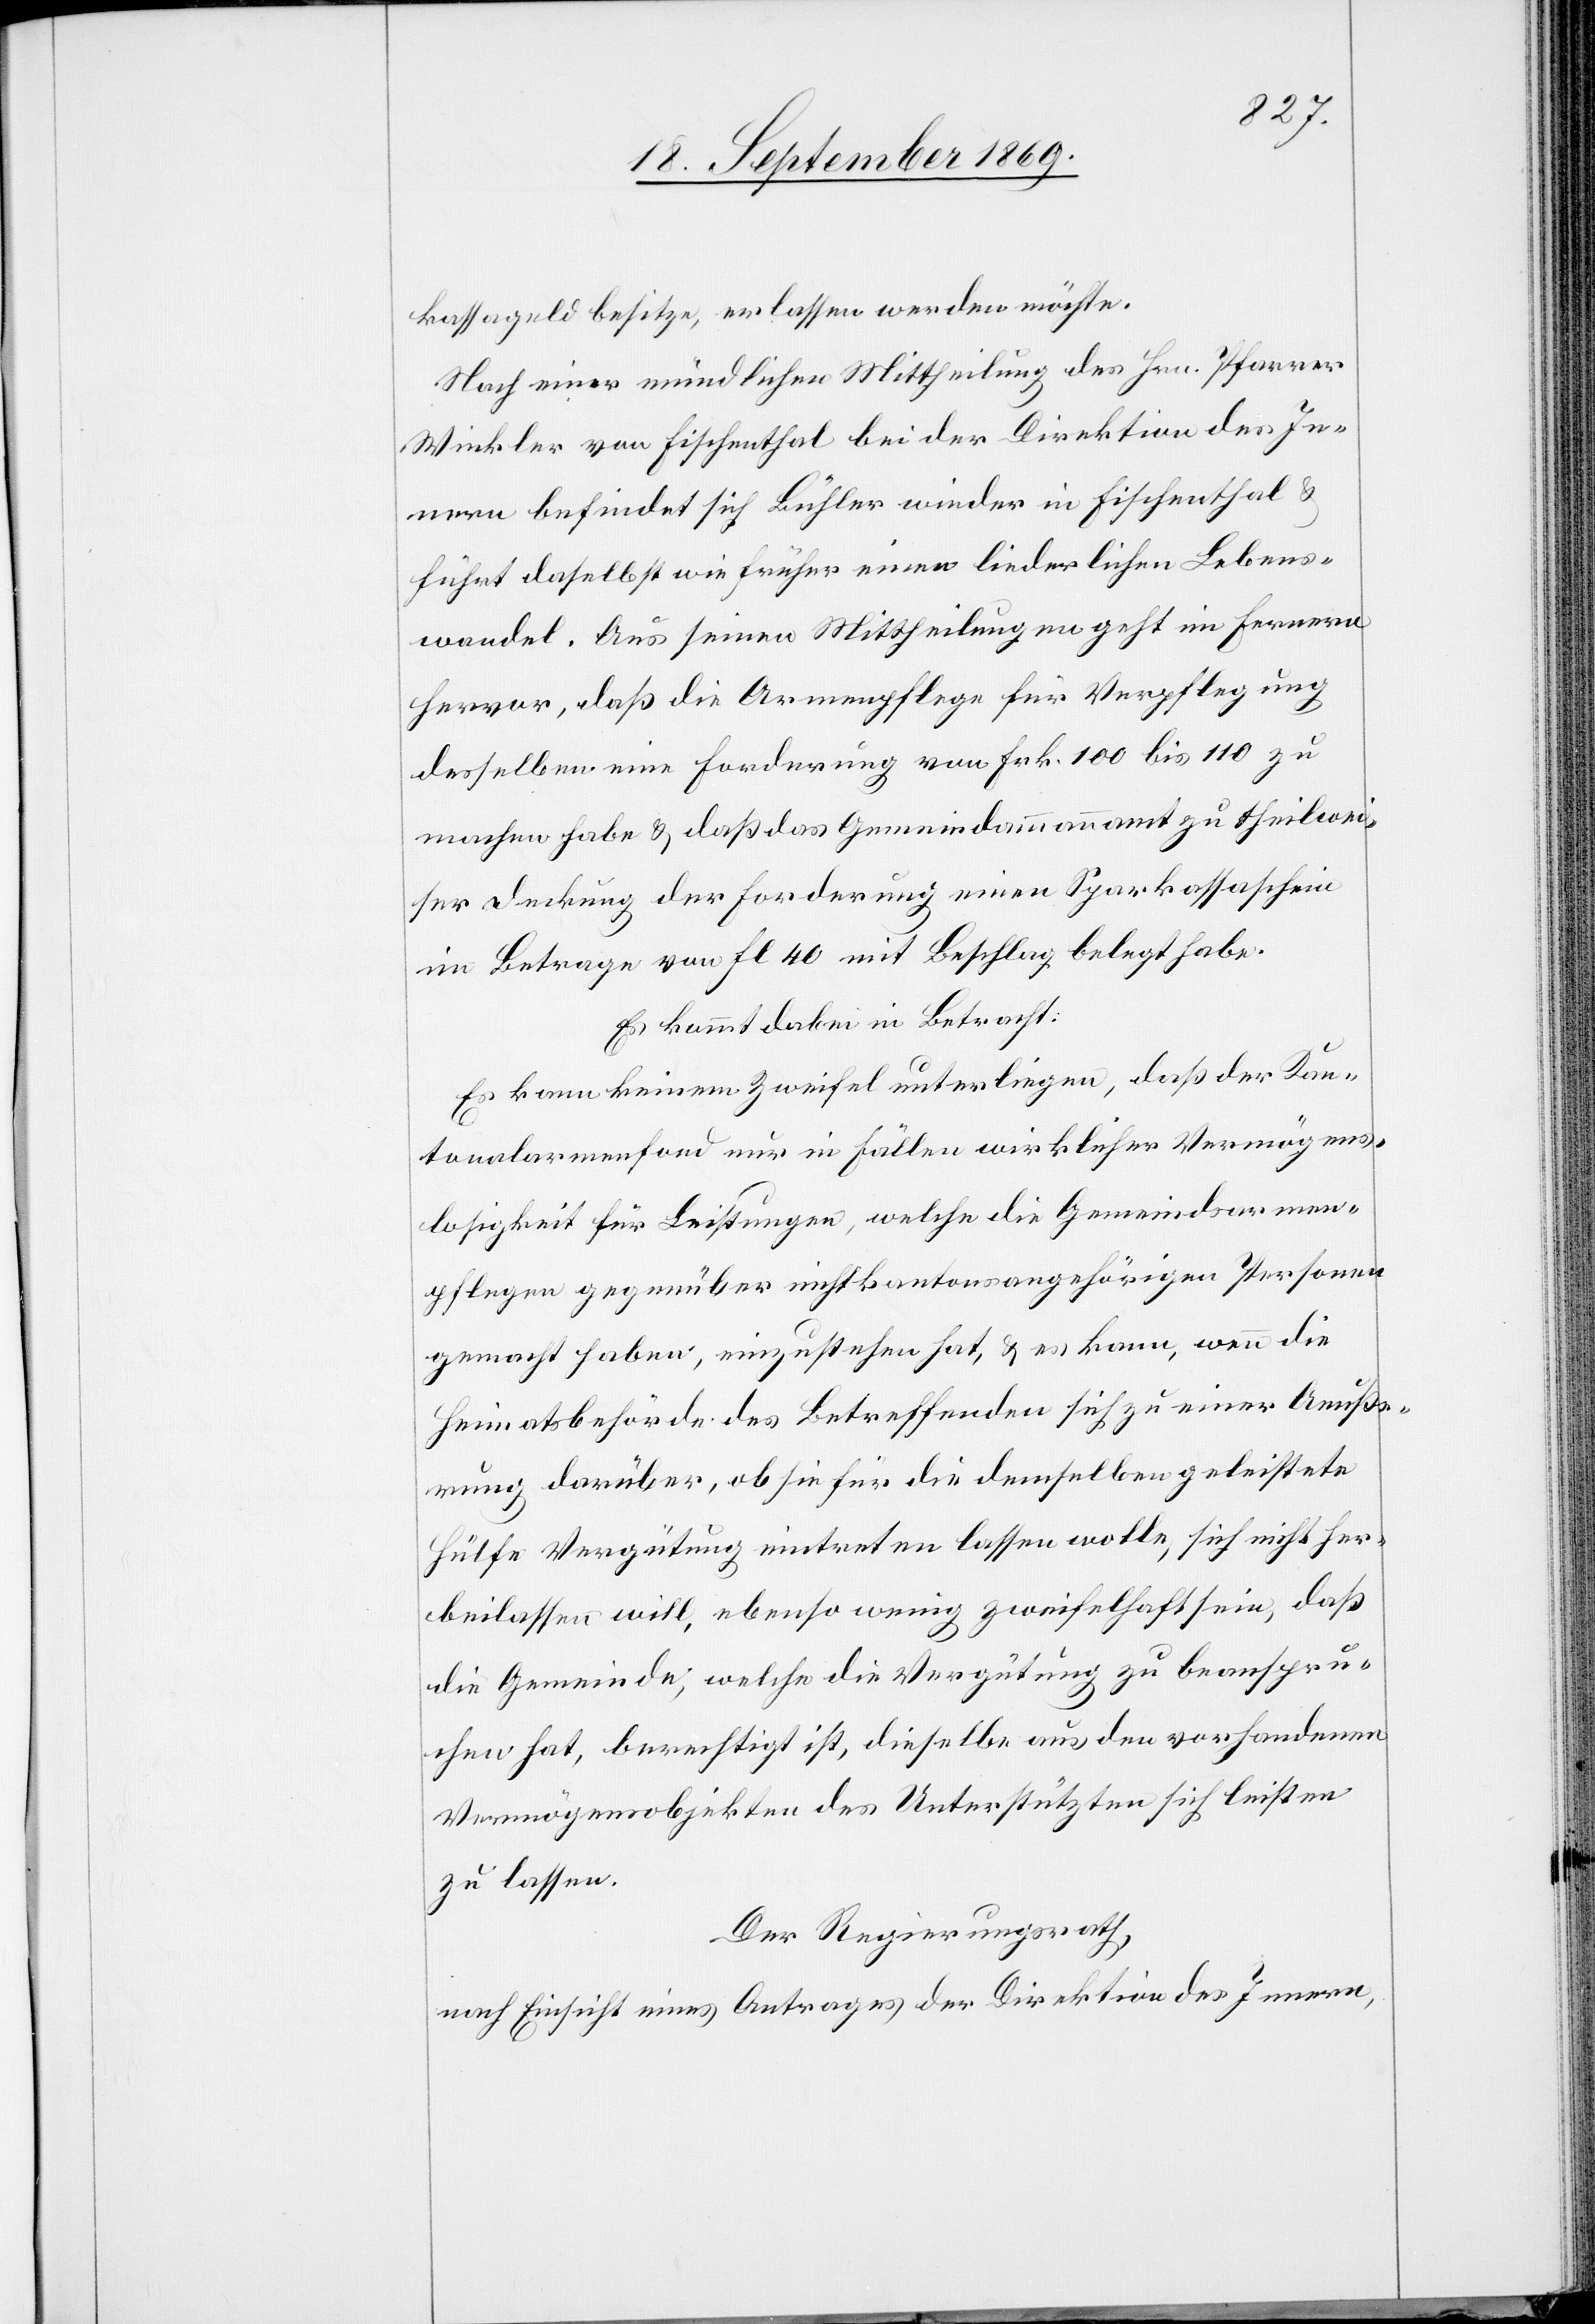
kassageld besitze, erlassen werden möchte.
Nach einer mündlichen Mittheilung des Hrn. Pfarrer
Winkler von Fischenthal bei der Direktion des In¬
nern befindet sich Bühler wieder in Fischenthal &
führt daselbst wie früher einen liederlichen Lebens¬
wandel. Aus seinen Mittheilungen geht im Fernern
hervor, daß die Armenpflege für Verpflegung
desselben eine Forderung von Frk. 100 bis 110 zu
machen habe & daß das Gemeindammannamt zu theilwei¬
ser Deckung der Forderung einen Sparkassaschein
im Betrage von fl. 40 mit Beschlag belegt habe.
Es kommt dabei in Betracht:
Es kann keinem Zweifel unterliegen, daß der Kan¬
tonalarmenfond nur in Fällen wirklicher Vermögens¬
losigkeit für Leistungen, welche die Gemeindsarmen¬
pflegen gegenüber nicht kantonsangehörigen Personen
gemacht haben, einzustehen hat, & es kann, wenn die
Heimatsbehörde des Betreffenden sich zu einer Aeuße¬
rung darüber, ob sie für die demselben geleistete
Hülfe Vergütung eintreten lassen wolle, sich nicht her¬
beilassen will, ebenso wenig zweifelhaft sein, daß
die Gemeinde, welche die Vergütung zu beanspru¬
chen hat, berechtigt ist, dieselbe aus den vorhandenen
Vermögensobjekten des Unterstützten sich leisten
zu lassen.
Der Regierungsrath,
nach Einsicht eines Antrages der Direktion des Innern,